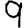
Digit: 9